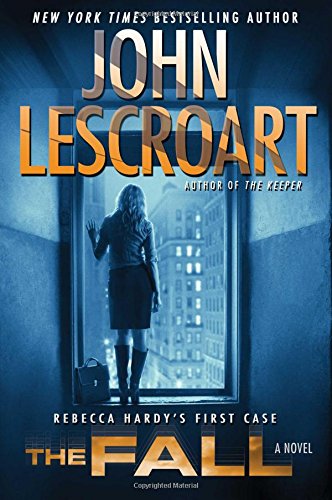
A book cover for The Fall: A Novel; John Lescroart; Mystery, Thriller & Suspense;